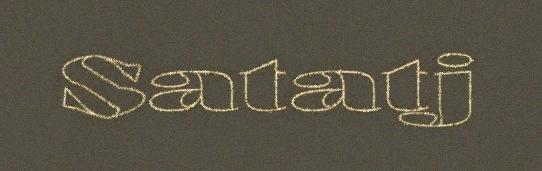
Satatj